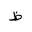
Letter: _za